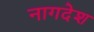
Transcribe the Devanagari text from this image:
नागदेश